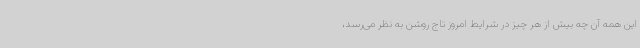
این همه آن چه بیش از هر چیز در شرایط امروز تاج روشن به نظر می‌رسد،